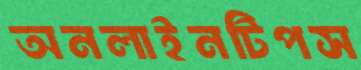
অনলাইনটিপস